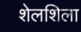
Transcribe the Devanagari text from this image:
शेलशिला